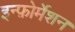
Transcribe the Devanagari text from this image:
इन्फ़ोर्मेशन